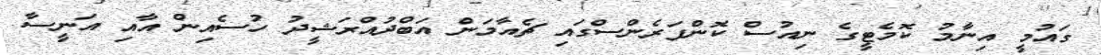
ގައުމީ އިނާމު ކޮމެޓީގެ ނިއުސް ކޮންފަރެންސްގައި ޗެއާމަން އަބްދުއްރަޝީދު ހުސެއިން އާއި އަނީސާ